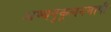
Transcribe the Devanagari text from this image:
अभ्यनुकूलनमापी